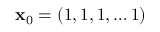
{ \bf x } _ { 0 } = ( 1 , 1 , 1 , \dots 1 )